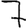
Digit: 7